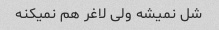
شل نمیشه ولی لاغر هم نمیکنه